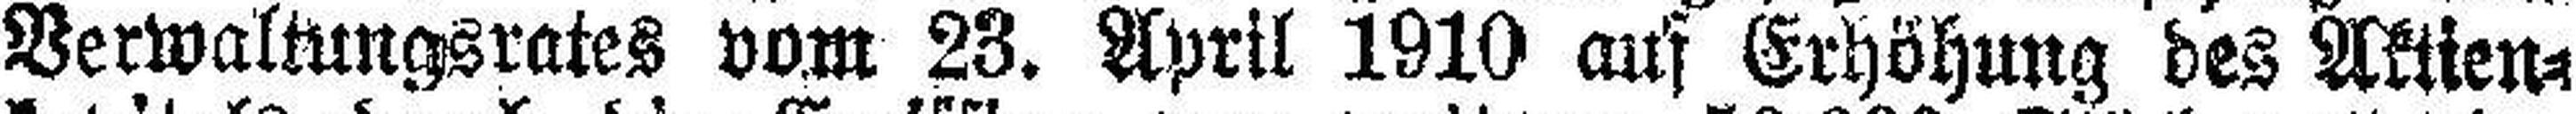
Verwaltungsrates vom 23. April 1910 aus Erhöhung des Aktien¬